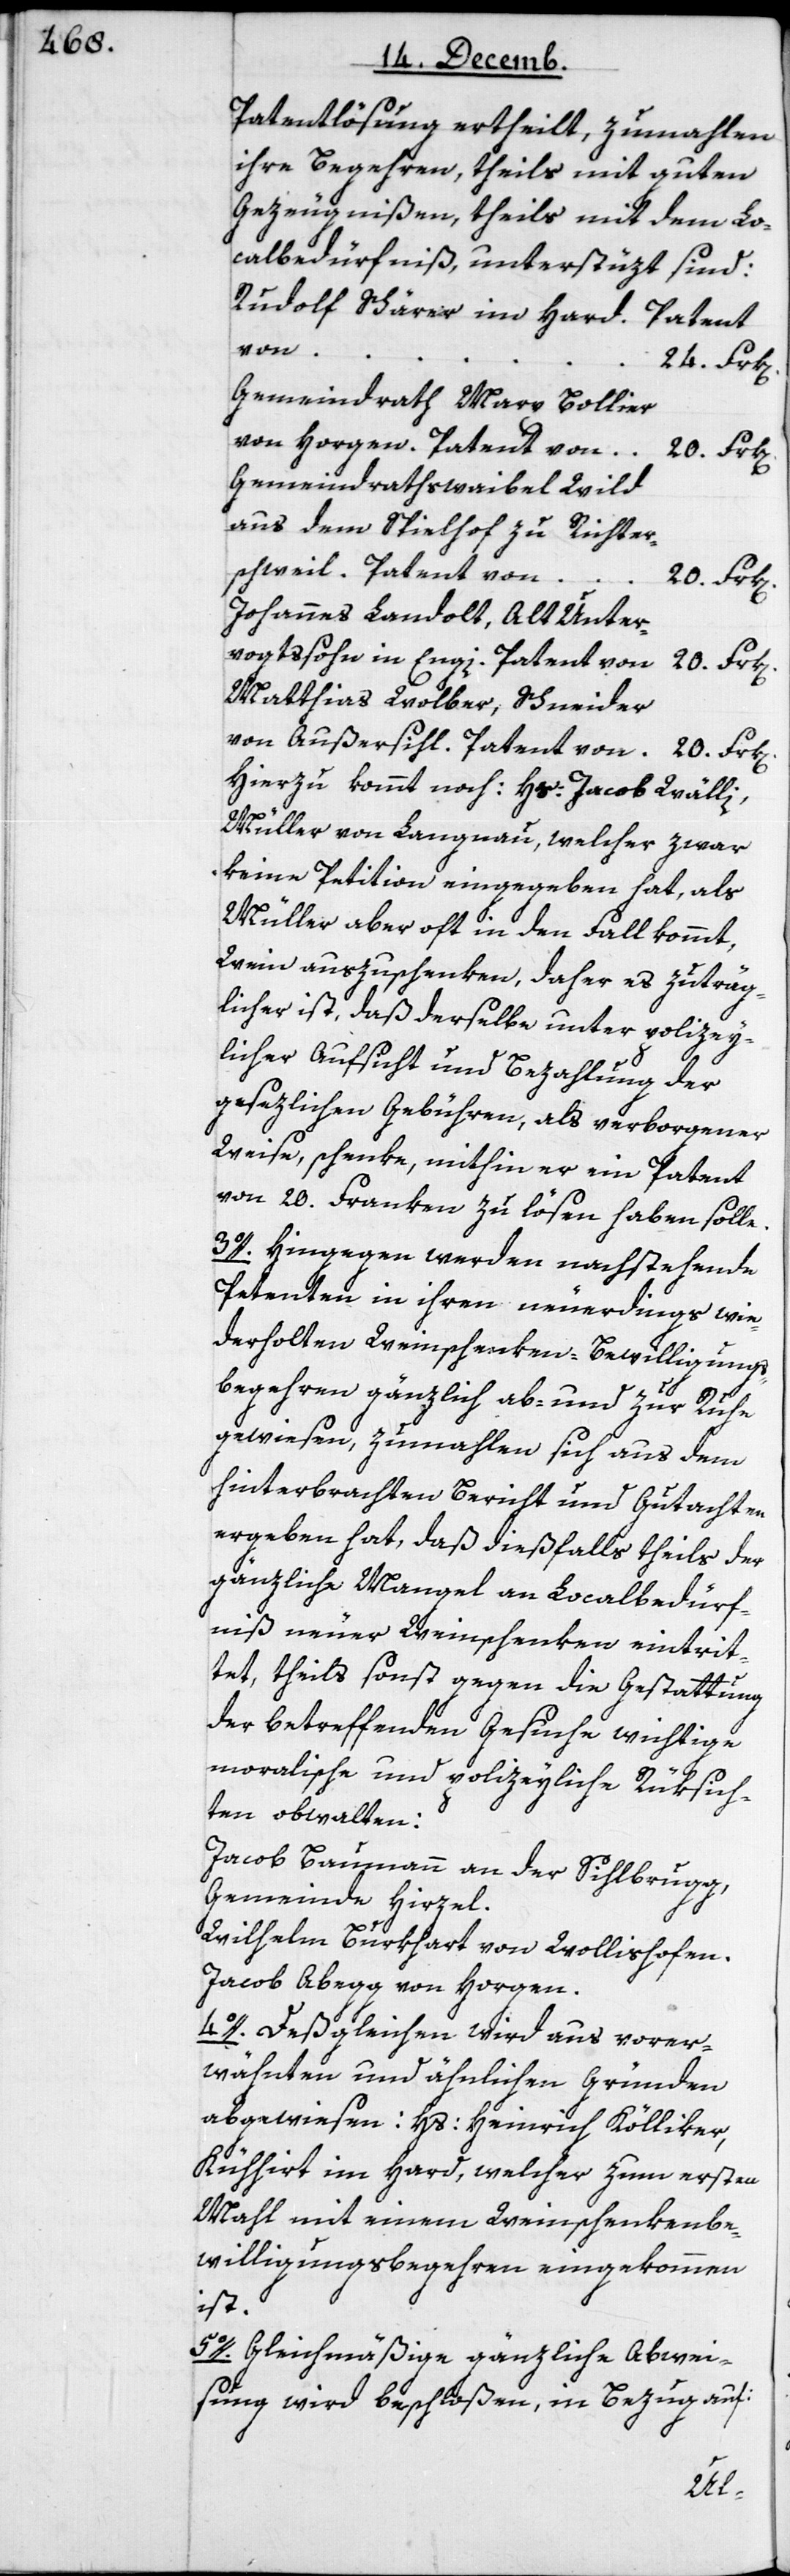
Patentlösung ertheilt, zumahlen
ihre Begehren, theils mit guten
Gezeugnißen, theils mit dem Lo¬
calbedürfniß unterstüzt sind:
Rudolf Schärer im Hard.	Patent
von
24. Frk[en]
Gemeindrath Marx Bollier
von Horgen.	Patent von
Gemeindrathsweibel Wild
aus dem Spielhof zu Richter¬
schweil. 	Patent von 20. Frk[en].
Johannes Landolt, Alt Unter¬
vogtssohn in Engi. 	Patent von 20. Frk[en].
Matthias Wolber, Schneider
von Außersihl. 	Patent von 20. Frk[e¬
Hierzu kommt noch Hs. Jacob Wälli,
Müller von Langnau, welcher zwar
keine Petition eingegeben hat, als
Müller aber oft in den Fall kommt,
Wein auszuschenken, daher es zuträg¬
licher ist, daß derselbe unter polizey¬
licher Aufsicht und Bezahlung der
gesezlichen Gebühren, als verborgener
Weise schenke, mithin er ein Patent
von 20. Franken zu lösen haben solle.
3o. Hingegen werden nachstehende
Petenten in ihren neuerdings wie¬
derholten Weinschenken-Bewilligungs¬
begehren gänzlich ab- und zur Ruhe
gewiesen, zumahlen sich aus dem
hinterbrachten Bericht und Gutachten
ergeben hat, daß dießfalls theils der
gänzliche Mangel an Localbedürf¬
niß neuer Weinschenken eintrit¬
tet, theils sonst gegen die Gestattung
der betreffenden Gesuche wichtige
moralische und polizeyliche Rüksich¬
ten obwalten:
Jacob Baumann an der Sihlbrugg,
Gemeinde Hirzel.
Wilhelm Burkhart von Wollishofen.
Jacob Abegg von Horgen.
4o. Deßgleichen wird aus vorer¬
wähnten und ähnlichen Gründen
Kühhirt im Hard, welcher zum ersten
Mahl mit einem Weinschenkenbe¬
willigungsbegehren eingekommen
ist.
5o. Gleichmäßige gänzliche Abwei¬
sung wird beschloßen, in Bezug auf:
Hs.